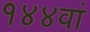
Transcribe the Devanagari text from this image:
१४४वां